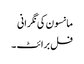
مانسون کی نگرانی
فل برائٹ ۔